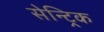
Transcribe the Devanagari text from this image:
सेन्ट्रिक